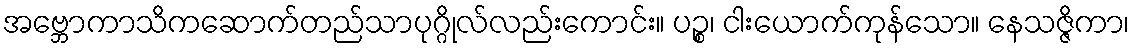
အဗ္ဘောကာသိကဆောက်တည်သာပုဂ္ဂိုလ်လည်းကောင်း။ ပဉ္စ၊ ငါးယောက်ကုန်သော။ နေသဇ္ဇိကာ၊